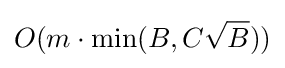
O(m\cdot \min(B,C{\sqrt {B}}))